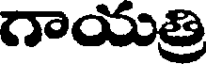
గాయత్రి